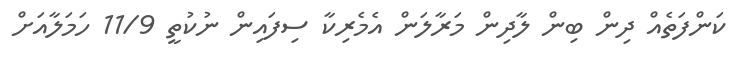
ކަންފަތެއް ދިން ބިން ލާދިން މަރާލަން އެމެރިކާ ސިފައިން ނުކުތީ 11/9 ހަމަލާއަށް